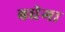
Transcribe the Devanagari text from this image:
बधेगा